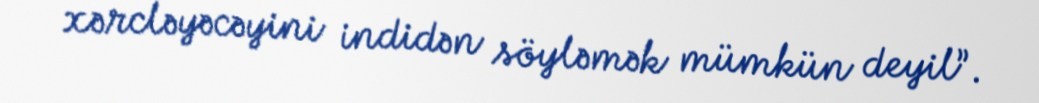
xərcləyəcəyini indidən söyləmək mümkün deyil”.